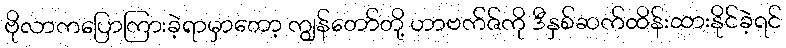
ဗိုလာကပြောကြားခဲ့ရာမှာတော့ ကျွန်တော်တို့ ဟာဗက်ဇ်ကို ဒီနှစ်ဆက်ထိန်းထားနိုင်ခဲ့ရင်